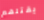
يقتلهم